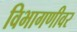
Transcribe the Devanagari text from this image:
विभागणीवर